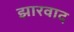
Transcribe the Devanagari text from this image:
झारवाद